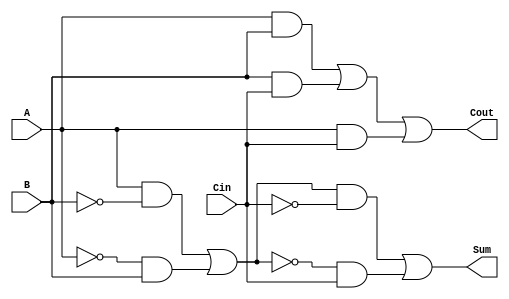
module TransmissionGateFullAdder (
    input A,        // First input bit
    input B,        // Second input bit
    input Cin,      // Carry-in bit
    output Sum,     // Sum output
    output Cout     // Carry-out output
);

// Internal wires for intermediate signals
wire AB;        // A AND B
wire BCin;      // B AND Cin
wire ACin;      // A AND Cin
wire A_xor_B;   // A XOR B
wire Temp_sum;  // Intermediate sum for A XOR B and Cin

// Transmission gates for Sum computation
// Step 1: Calculate A XOR B
assign A_xor_B = (A & ~B) | (~A & B);

// Step 2: Calculate (A XOR B) XOR Cin
assign Temp_sum = (A_xor_B & ~Cin) | (~A_xor_B & Cin);
assign Sum = Temp_sum;

// Transmission gates for Cout computation
// Calculate intermediate products
assign AB = A & B;
assign BCin = B & Cin;
assign ACin = A & Cin;

// Using OR operation over intermediate products 
assign Cout = AB | BCin | ACin;

endmodule